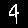
Digit: 4